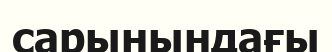
сарынындағы